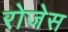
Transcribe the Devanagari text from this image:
रोजेस